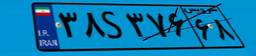
۳۸S۳۷۶۶۸